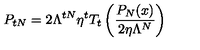
P _ { t N } = 2 \Lambda ^ { t N } \eta ^ { t } T _ { t } \left( \frac { P _ { N } ( x ) } { 2 \eta \Lambda ^ { N } } \right)